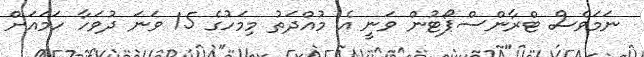
ނަމަވެސް ޓްރާންސްޕޯޓުން ވަނީ އެ މުއްދަތު މިމަހުގެ 15 ވަނަ ދުވަހާ ހަމައަށް